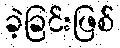
ခဲ့ခြင်းဖြစ်